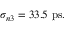
\begin{array} { r } { \sigma _ { n 3 } = 3 3 . 5 ~ \mathrm { p s } . } \end{array}